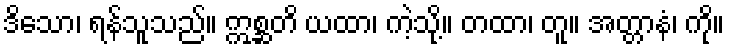
ဒိသော၊ ရန်သူသည်။ ဣစ္ဆတိ ယထာ၊ ကဲ့သို့။ တထာ၊ တူ။ အတ္တာနံ၊ ကို။